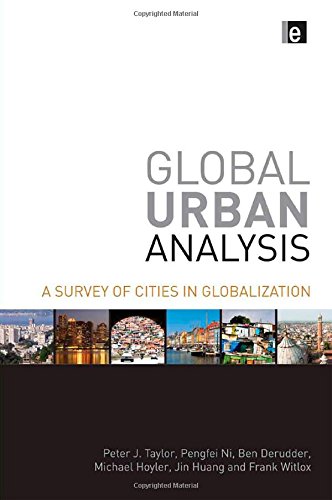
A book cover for Global Urban Analysis: A Survey of Cities in Globalization; Peter J Taylor; Business & Money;